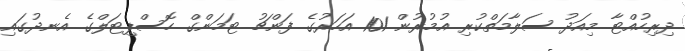
ދިރިހުއްޓާ މިއަދު ސަލާމަތްކުރި އުމުރުން 101 އަހަރުގެ ފަންޗު ޓަމަންގް ހޮސްޕިޓަލްގެ އެނދުގައި